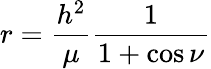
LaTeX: r={\frac{h^{2}}{\mu}}{\frac{1}{1+\cos\nu}}